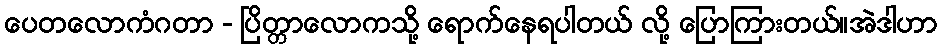
ပေတလောကံဂတာ - ပြိတ္တာလောကသို့ ရောက်နေရပါတယ် လို့ ပြောကြားတယ်။အဲဒါဟာ